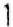
1